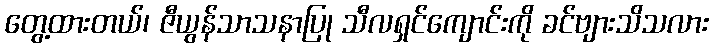
တွေ့ထားတယ်၊ ဇီယွန်သာသနာပြု သီလရှင်ကျောင်းကို ခင်ဗျားသိသလား